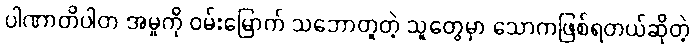
ပါဏာတိပါတ အမှုကို ဝမ်းမြောက် သဘောတူတဲ့ သူတွေမှာ သောကဖြစ်ရတယ်ဆိုတဲ့